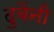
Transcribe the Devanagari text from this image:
दुबेंनी